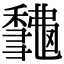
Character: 𥣨